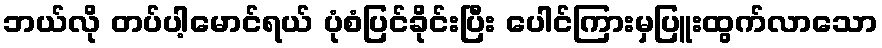
ဘယ်လို တပ်ပါ့မောင်ရယ် ပုံစံပြင်ခိုင်းပြီး ပေါင်ကြားမှပြူးထွက်လာသော